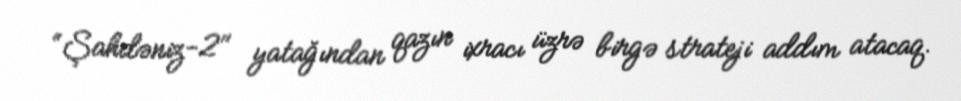
“Şahdəniz-2" yatağından qazın ixracı üzrə birgə strateji addım atacaq.